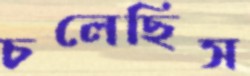
চলেছিস